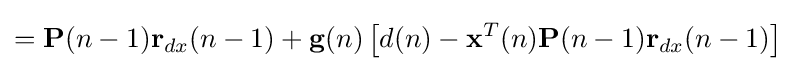
=\mathbf {P} (n-1)\mathbf {r} _{dx}(n-1)+\mathbf {g} (n)\left[d(n)-\mathbf {x} ^{T}(n)\mathbf {P} (n-1)\mathbf {r} _{dx}(n-1)\right]